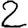
Digit: 2